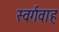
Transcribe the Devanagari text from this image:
स्वर्गवाह